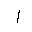
Letter: _alif